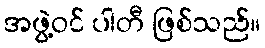
အဖွဲ့ဝင် ပါတီ ဖြစ်သည်။